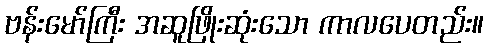
ဗန်းမော်ကြီး အဆူဖြိုးဆုံးသော ကာလပေတည်း။